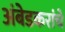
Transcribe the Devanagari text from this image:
अंबेडकरांचे